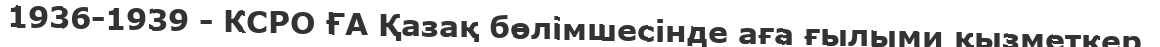
1936-1939 - КСРО ҒА Қазақ бөлімшесінде аға ғылыми қызметкер.